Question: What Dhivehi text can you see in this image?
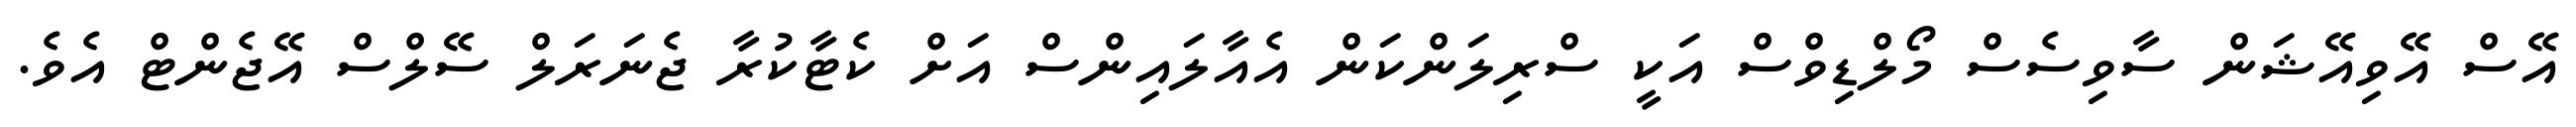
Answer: އޭސް އޭވިއޭޝަން ސާވިސެސް މޯލްޑިވްސް އަކީ ސްރިލަންކަން އެއާލައިންސް އަށް ކެޓާކުރާ ޖެނަރަލް ސޭލްސް އޭޖެންޓް އެވެ.